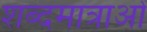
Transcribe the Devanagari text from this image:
शब्दमात्राओं